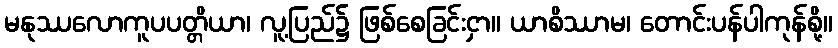
မနုဿလောကူပပတ္တိယာ၊ လူ့ပြည်၌ ဖြစ်စေခြင်းငှာ။ ယာစိဿာမ၊ တောင်းပန်ပါကုန်စို့။